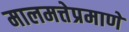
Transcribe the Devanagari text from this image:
मालमत्तेप्रमाणे